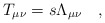
\begin{align*} T_{\mu \nu} = s \Lambda_{\mu \nu} \quad ,\end{align*}